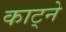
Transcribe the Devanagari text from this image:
काट्ने